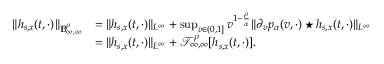
\begin{array} { r l } { \Vert h _ { s , x } ( t , \cdot ) \Vert _ { \mathbb { B } _ { \infty , \infty } ^ { \rho } } } & { = \Vert h _ { s , x } ( t , \cdot ) \Vert _ { L ^ { \infty } } + \operatorname* { s u p } _ { v \in ( 0 , 1 ] } v ^ { 1 - \frac { \rho } { \alpha } } \Vert \partial _ { v } p _ { \alpha } ( v , \cdot ) \star h _ { s , x } ( t , \cdot ) \Vert _ { L ^ { \infty } } } \\ & { = \Vert h _ { s , x } ( t , \cdot ) \Vert _ { L ^ { \infty } } + \mathcal { T } _ { \infty , \infty } ^ { \rho } [ h _ { s , x } ( t , \cdot ) ] . } \end{array}